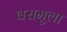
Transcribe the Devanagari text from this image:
वरामुला